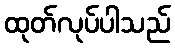
ထုတ်လုပ်ပါသည်